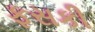
ફસકી